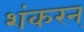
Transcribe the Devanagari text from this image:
शंकरन्